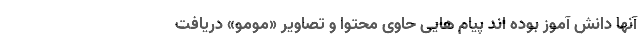
آنها دانش آموز بوده اند پیام هایی حاوی محتوا و تصاویر «مومو» دریافت